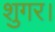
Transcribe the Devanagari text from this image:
शुगर।